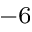
^ { - 6 }